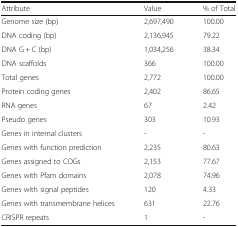
| Attribute | Value | % of Total |
 | --- | --- | --- |
 | Genome size (bp) | 2,697,490 | 100.00 |
 | DNA coding (bp) | 2,136,945 | 79.22 |
 | DNA G + C (bp) | 1,034,256 | 38.34 |
 | DNA scaffolds | 366 | 100.00 |
 | Total genes | 2,772 | 100.00 |
 | Protein coding genes | 2,402 | 86.65 |
 | RNA genes | 67 | 2.42 |
 | Pseudo genes | 303 | 10.93 |
 | Genes in internal clusters | - | - |
 | Genes with function prediction | 2,235 | 80.63 |
 | Genes assigned to COGs | 2,153 | 77.67 |
 | Genes with Pfam domains | 2,078 | 74.96 |
 | Genes with signal peptides | 120 | 4.33 |
 | Genes with transmembrane helices | 631 | 22.76 |
 | CRISPR repeats | 1 | - |